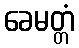
ခေမတ္တံ